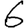
Digit: 6